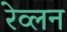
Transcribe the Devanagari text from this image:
रेव्लन